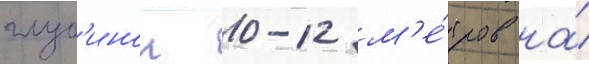
глуб'инои 10-12 м'е́тров на́